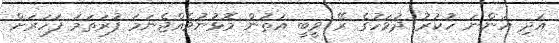
އަދި އަންނަ ހުކުރު ދުވަހުގެ ރޭ ވީބީ އަތުން މޮޅުނުވެއްޖެނަމަ ފުރަތަމަ ފަހަރަށް